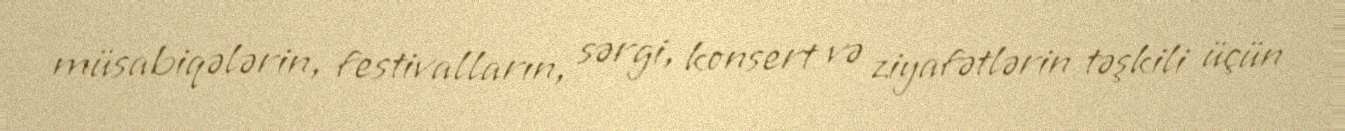
müsabiqələrin, festivalların, sərgi, konsert və ziyafətlərin təşkili üçün